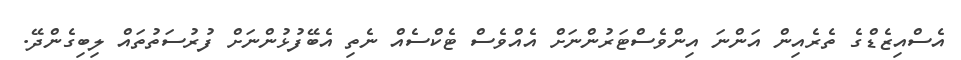
އެސްއިޒެޑްގެ ތެރެއިން އަންނަ އިންވެސްޓަރުންނަށް އެއްވެސް ޓެކްސެއް ނެތި އެބޭފުޅުންނަށް ފުރުސަތުތައް ލިބިގެންދޭ.